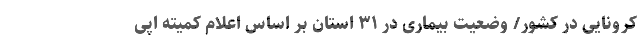
کرونایی در کشور/ وضعیت بیماری در ۳۱ استان بر اساس اعلام کمیته اپی